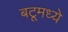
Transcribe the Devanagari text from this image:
बटूमध्ये